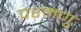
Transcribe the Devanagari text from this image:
परमणु